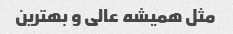
مثل همیشه عالی و بهترین